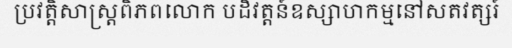
ប្រវត្តិសាស្ត្រពិភពលោក បដិវត្តន៍ឧស្សាហកម្មនៅសតវត្សរ៍